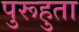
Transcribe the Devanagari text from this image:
पुरूहुता